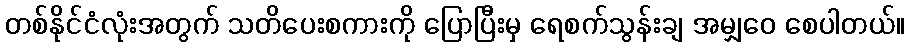
တစ်နိုင်ငံလုံးအတွက် သတိပေးစကားကို ပြောပြီးမှ ရေစက်သွန်းချ အမျှဝေ စေပါတယ်။